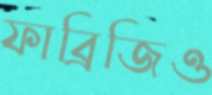
ফাব্রিজিও